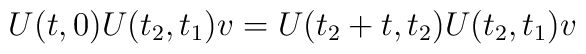
U(t,0)U(t_2,t_1)v=U(t_2+t,t_2)U(t_2,t_1)v